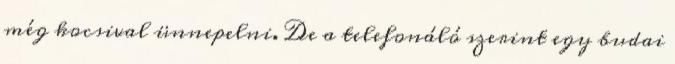
még kocsival ünnepelni. De a telefonáló szerint egy budai